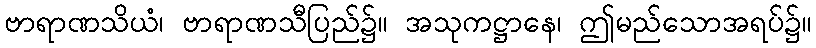
ဗာရာဏသိယံ၊ ဗာရာဏသီပြည်၌။ အသုကဋ္ဌာနေ၊ ဤမည်သောအရပ်၌။